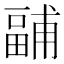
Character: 𭻧